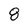
Character: 8